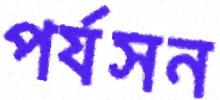
পর্যসন